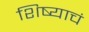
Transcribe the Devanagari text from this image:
शिष्याचं